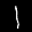
Label: 1